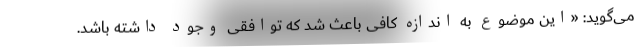
می‌گوید: «این موضوع به اندازه کافی باعث شد که توافقی وجود داشته باشد.